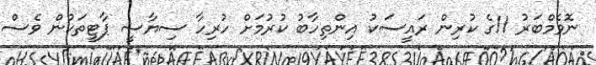
ނޮވެމްބަރު 11ގެ ކުރިން ރައީސަކު އިންތިހާބު ކުރުމަށް ހުރިހާ ސިޔާސީ ޕާޓީތަކުން ވެސް